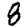
Digit: 8